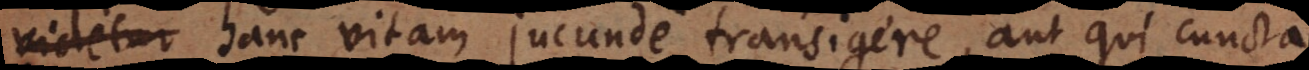
videtur hanc vitam jucunde transigere, aut qui cuncta